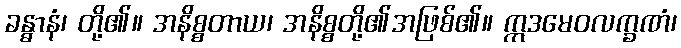
ခန္ဓာနံ၊ တို့၏။ အနိစ္စတာယ၊ အနိစ္စတို့၏အဖြစ်၏။ ဣဒမေဝလက္ခဏံ၊